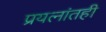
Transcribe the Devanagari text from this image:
प्रयत्‍नांतही